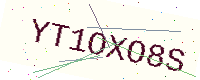
Text: YT1OXO8S